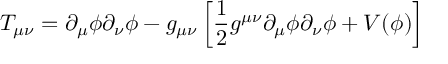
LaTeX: T _ { \mu \nu } = \partial _ { \mu } \phi \partial _ { \nu } \phi - g _ { \mu \nu } \left[ { \frac { 1 } { 2 } } g ^ { \mu \nu } \partial _ { \mu } \phi \partial _ { \nu } \phi + V ( \phi ) \right]